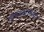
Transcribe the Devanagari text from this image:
गोपाळरावांचा